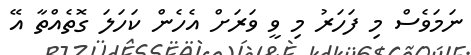
ނަމަވެސް މި ފަހަރު މި ވީ ވަރަށް އެހެން ކަހަލަ ގޮތެއްތާ އޭ